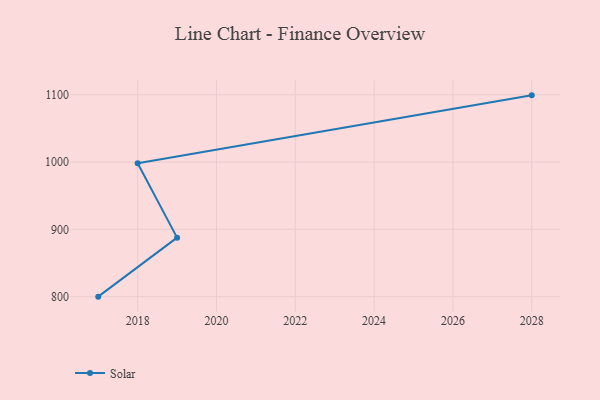
{"axis": {"x": "Year", "y": "LTV (USD)"}, "legend": ["Solar"], "data": [{"x": "2028", "y": 1099.1, "type": "Solar"}, {"x": "2018", "y": 998.2, "type": "Solar"}, {"x": "2019", "y": 887.7, "type": "Solar"}, {"x": "2017", "y": 800, "type": "Solar"}]}